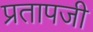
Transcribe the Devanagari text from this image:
प्रतापजी